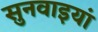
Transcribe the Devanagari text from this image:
सुनवाइयां